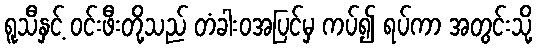
ရူသီနှင့် ဝင်းဖီးတို့သည် တံခါးဝအပြင်မှ ကပ်၍ ရပ်ကာ အတွင်းသို့